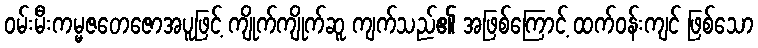
ဝမ်းမီးကမ္မဇတေဇောအပူဖြင့် ကျိုက်ကျိုက်ဆူ ကျက်သည်၏ အဖြစ်ကြောင့် ထက်ဝန်းကျင် ဖြစ်သော